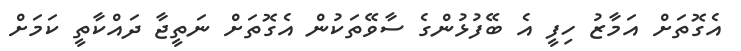
އެގޮތަށް އަމާޒު ހިފީ އެ ބޭފުޅުންގެ ސާވޭތަކުން އެގޮތަށް ނަތީޖާ ދައްކާތީ ކަމަށް